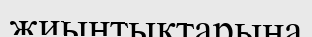
жиынтықтарына